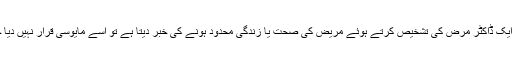
بابا اگر ایک ڈاکٹر مرض کی تشخیص کرتے ہوئے مریض کی صحت یا زندگی محدود ہونے کی خبر دیتا ہے تو اسے مایوسی قرار نہیں دیا جا سکتا۔